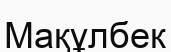
Мақұлбек